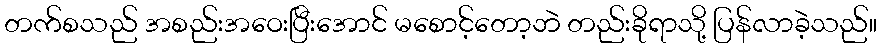
တက်စသည် အစည်းအဝေးပြီးအောင် မစောင့်တော့ဘဲ တည်းခိုရာသို့ ပြန်လာခဲ့သည်။